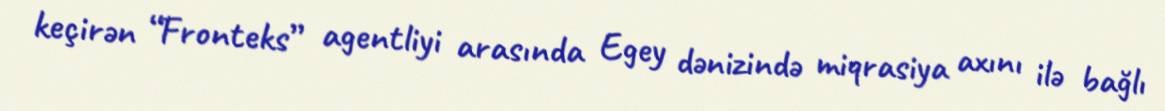
keçirən “Fronteks” agentliyi arasında Egey dənizində miqrasiya axını ilə bağlı